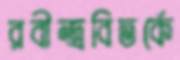
রবীন্দ্রবিতর্কে